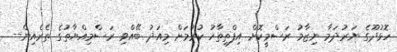
ހޮޅުދޫގެ ނަރުދަމާ ނިޒާމު ރަސްމީކޮށް އިފްތިތާހު ކުރުމަށް މިއަދު ބޭއްވި ރަސްމިއްޔާތުގެ ތެރެއިން--